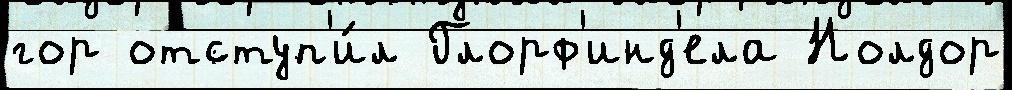
гор отступ'и́л Глорф'инд'ела Нолдор